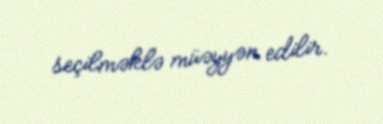
seçilməklə müəyyən edilir.